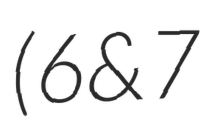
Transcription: (6 & 7